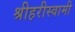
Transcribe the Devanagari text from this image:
श्रीहरीस्वामी